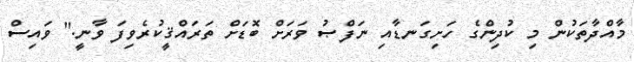
މާއްދާތަކުން މި ކުދިންގެ ހަށިގަނޑާއި ނަފްޞު ވަރަށް ބޮޑަށް ތަރައްޤީކުރެވިފަ ވާނީ." ވައިސް